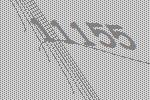
11155